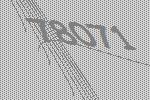
78071